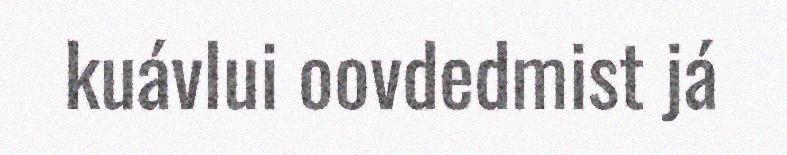
kuávlui oovdedmist já